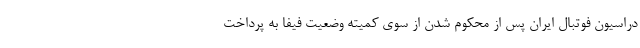
دراسیون فوتبال ایران پس از محکوم شدن از سوی کمیته وضعیت فیفا به پرداخت